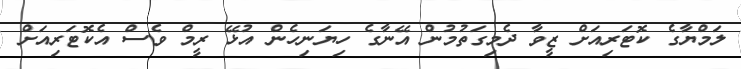
ލަމްޔާގެ ކޮޓަރިއަށް ޒީވާ ދެމިގަތުމުން އޭނާގެ ހިޔަނިހެން އުޅޭ ރީމް ވެސް އެކޮޓަރިއަށް